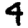
Digit: 4